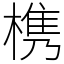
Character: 槜